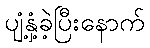
ပျံ့နှံ့ခဲ့ပြီးနောက်